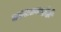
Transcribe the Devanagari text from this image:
दहशतवादीही